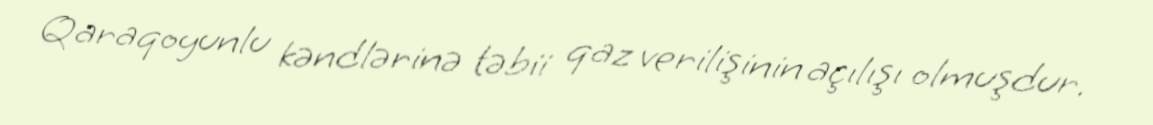
Qaraqoyunlu kəndlərinə təbii qaz verilişinin açılışı olmuşdur.